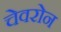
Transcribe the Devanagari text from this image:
चेवरोन